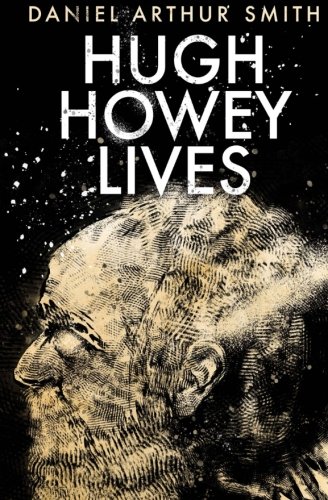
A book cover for Hugh Howey Lives; Daniel Arthur Smith; Science Fiction & Fantasy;